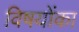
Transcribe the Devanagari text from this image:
विषयोंका